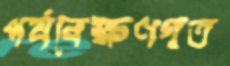
পর্যবেক্ষণগত